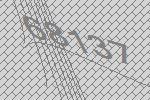
68137